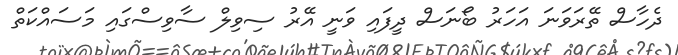
ދެހާސް ތޭރަވަނަ އަހަރު ބޯނަސް ދީފައި ވަނީ އޭރު ސިވިލް ސާވިސްގައި މަސައްކަތް